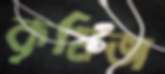
কৃষিজ